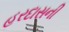
હરદાસની